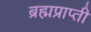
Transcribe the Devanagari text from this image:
ब्रह्मप्राप्ती